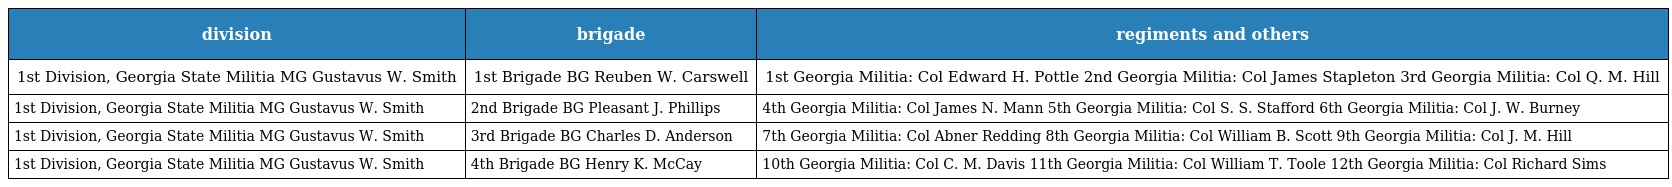
| division | brigade | regiments and others |
 | --- | --- | --- |
 | 1st Division, Georgia State Militia MG Gustavus W. Smith | 1st Brigade BG Reuben W. Carswell | 1st Georgia Militia: Col Edward H. Pottle 2nd Georgia Militia: Col James Stapleton 3rd Georgia Militia: Col Q. M. Hill |
 | 1st Division, Georgia State Militia MG Gustavus W. Smith | 2nd Brigade BG Pleasant J. Phillips | 4th Georgia Militia: Col James N. Mann 5th Georgia Militia: Col S. S. Stafford 6th Georgia Militia: Col J. W. Burney |
 | 1st Division, Georgia State Militia MG Gustavus W. Smith | 3rd Brigade BG Charles D. Anderson | 7th Georgia Militia: Col Abner Redding 8th Georgia Militia: Col William B. Scott 9th Georgia Militia: Col J. M. Hill |
 | 1st Division, Georgia State Militia MG Gustavus W. Smith | 4th Brigade BG Henry K. McCay | 10th Georgia Militia: Col C. M. Davis 11th Georgia Militia: Col William T. Toole 12th Georgia Militia: Col Richard Sims |